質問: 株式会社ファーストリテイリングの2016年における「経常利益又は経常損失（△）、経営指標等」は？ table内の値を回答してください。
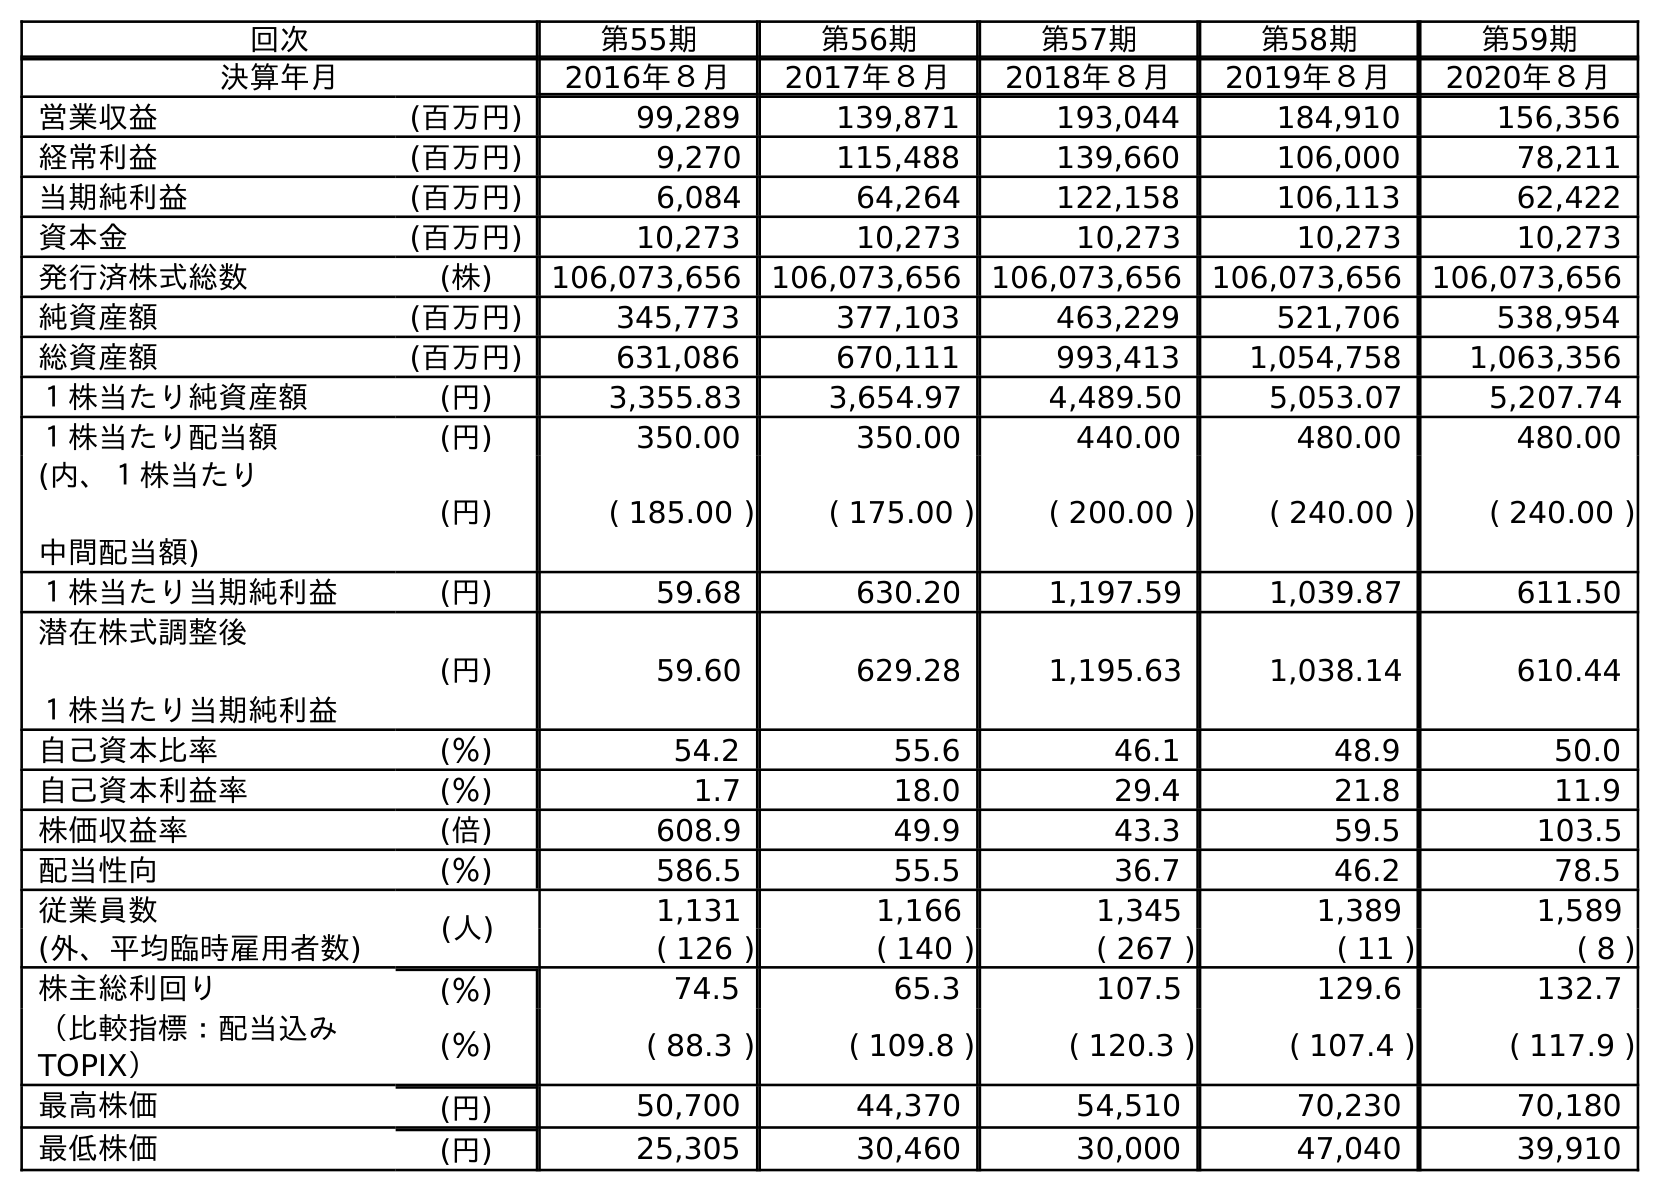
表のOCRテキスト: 回次 第55期 第56期 第57期 第58期 第59期 決算年月 2016年８月 2017年８月 2018年８月 2019年８月 2020年８月 営業収益 (百万円) 99,289 139,871 193,044 184,910 156,356 経常利益 (百万円) 9,270 115,488 139,660 106,000 78,211 当期純利益 (百万円) 6,084 64,264 122,158 106,113 62,422 資本金 (百万円) 10,273 10,273 10,273 10,273 10,273 発行済株式総数 (株) 106,073,656 106,073,656 106,073,656 106,073,656 106,073,656 純資産額 (百万円) 345,773 377,103 463,229 521,706 538,954 総資産額 (百万円) 631,086 670,111 993,413 1,054,758 1,063,356 １株当たり純資産額 (円) 3,355.83 3,654.97 4,489.50 5,053.07 5,207.74 １株当たり配当額 (円) 350.00 350.00 440.00 480.00 480.00 (内、１株当たり 中間配当額) (円) ( 185.00 ) ( 175.00 ) ( 200.00 ) ( 240.00 ) ( 240.00 ) １株当たり当期純利益 (円) 59.68 630.20 1,197.59 1,039.87 611.50 潜在株式調整後 １株当たり当期純利益 (円) 59.60 629.28 1,195.63 1,038.14 610.44 自己資本比率 (％) 54.2 55.6 46.1 48.9 50.0 自己資本利益率 (％) 1.7 18.0 29.4 21.8 11.9 株価収益率 (倍) 608.9 49.9 43.3 59.5 103.5 配当性向 (％) 586.5 55.5 36.7 46.2 78.5 従業員数 (人) 1,131 1,166 1,345 1,389 1,589 (外、平均臨時雇用者数) ( 126 ) ( 140 ) ( 267 ) ( 11 ) ( 8 ) 株主総利回り (％) 74.5 65.3 107.5 129.6 132.7 （比較指標：配当込み TOPIX） (％) ( 88.3 ) ( 109.8 ) ( 120.3 ) ( 107.4 ) ( 117.9 ) 最高株価 (円) 50,700 44,370 54,510 70,230 70,180 最低株価 (円) 25,305 30,460 30,000 47,040 39,910
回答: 9,270